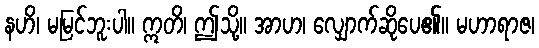
နဟိ၊ မမြင်ဘူးပါ။ ဣတိ၊ ဤသို့။ အာဟ၊ လျှောက်ဆိုပေ၏။ မဟာရာဇ၊